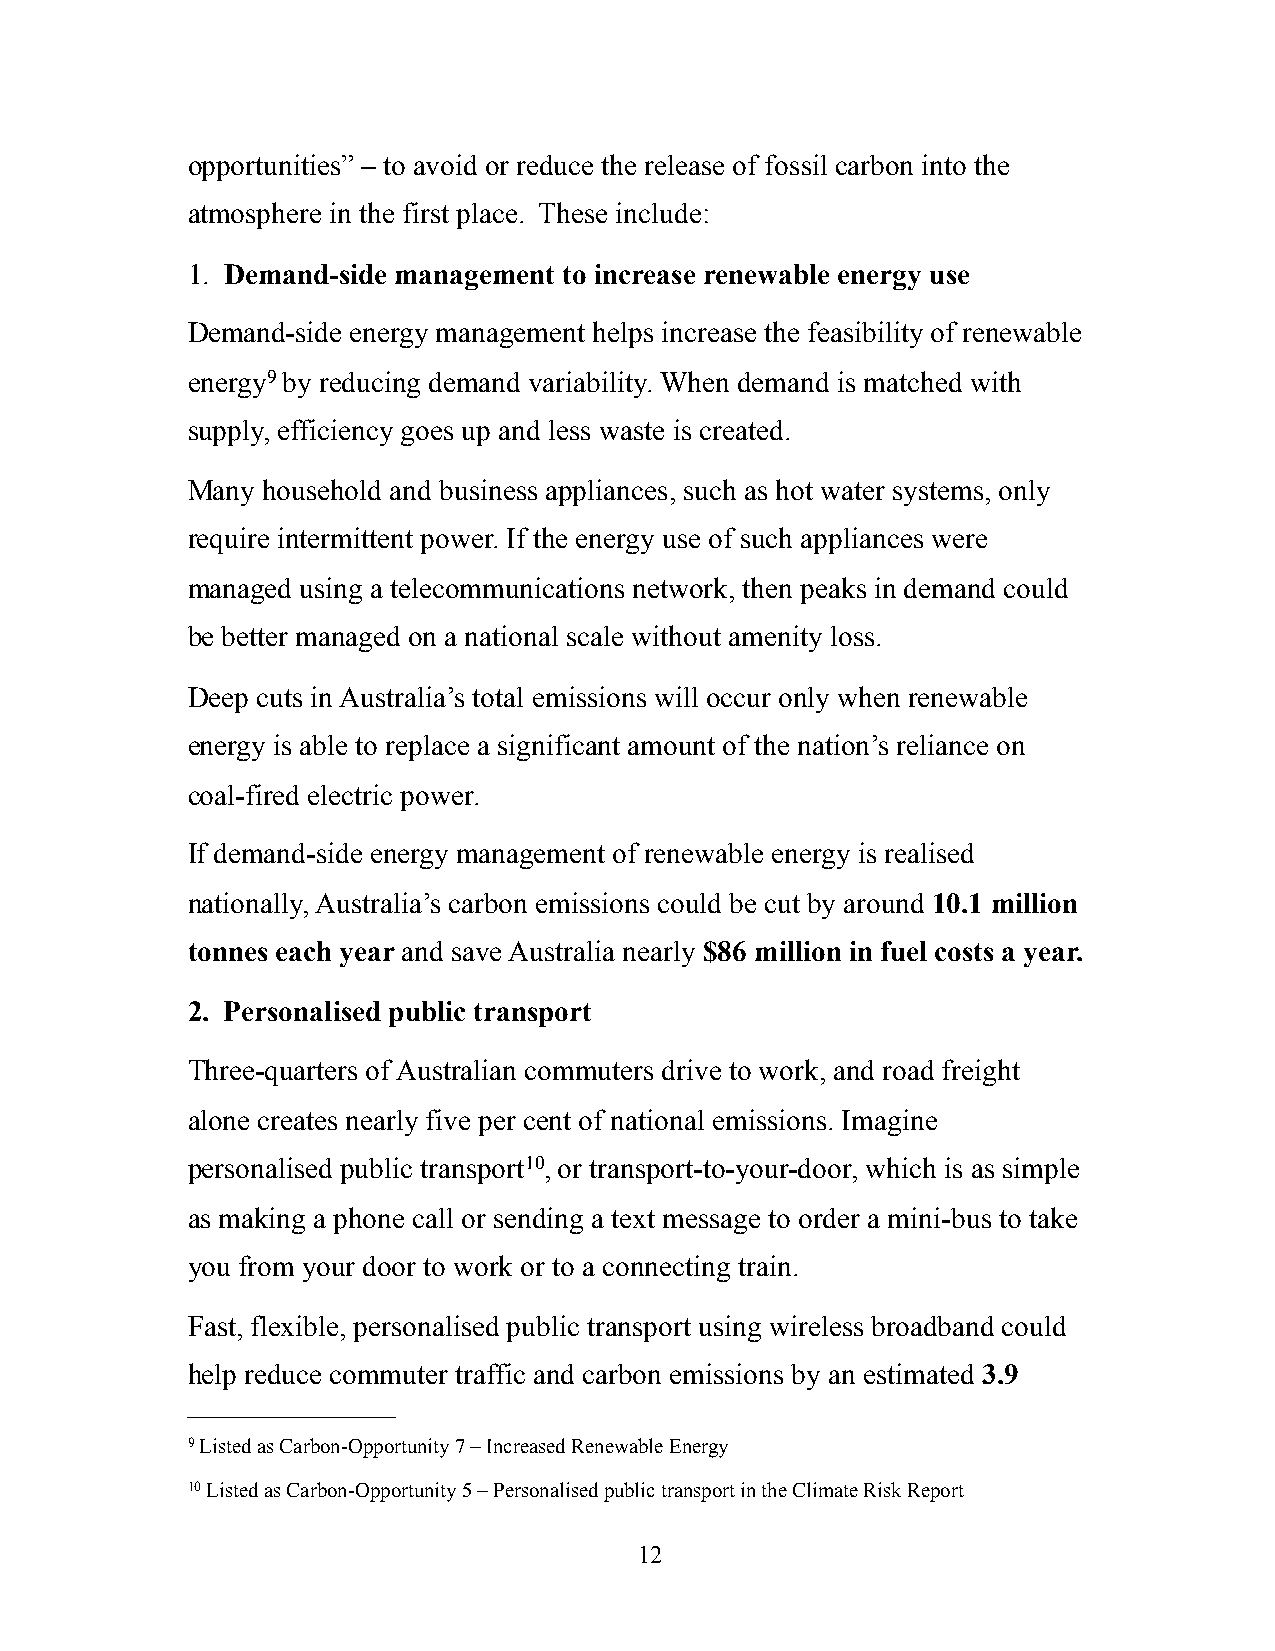
opportunities” – to avoid or reduce the release of fossil carbon into the
 atmosphere in the first place. These include:
 1. Demand-side management to increase renewable energy use
 Demand-side energy management helps increase the feasibility of renewable
 energy9 by reducing demand variability. When demand is matched with
 supply, efficiency goes up and less waste is created.
 Many household and business appliances, such as hot water systems, only
 require intermittent power. If the energy use of such appliances were
 managed using a telecommunications network, then peaks in demand could
 be better managed on a national scale without amenity loss.
 Deep cuts in Australia’s total emissions will occur only when renewable
 energy is able to replace a significant amount of the nation’s reliance on
 coal-fired electric power.
 If demand-side energy management of renewable energy is realised
 nationally, Australia’s carbon emissions could be cut by around 10.1 million
 tonnes each year and save Australia nearly $86 million in fuel costs a year.
 2. Personalised public transport
 Three-quarters of Australian commuters drive to work, and road freight
 alone creates nearly five per cent of national emissions. Imagine
 personalised public transport10, or transport-to-your-door, which is as simple
 as making a phone call or sending a text message to order a mini-bus to take
 you from your door to work or to a connecting train.
 Fast, flexible, personalised public transport using wireless broadband could
 help reduce commuter traffic and carbon emissions by an estimated 3.9
 9 Listed as Carbon-Opportunity 7 – Increased Renewable Energy
 10 Listed as Carbon-Opportunity 5 – Personalised public transport in the Climate Risk Report
 12